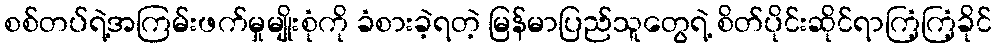
စစ်တပ်ရဲ့အကြမ်းဖက်မှုမျိုးစုံကို ခံစားခဲ့ရတဲ့ မြန်မာပြည်သူတွေရဲ့ စိတ်ပိုင်းဆိုင်ရာကြံ့ကြံ့ခိုင်